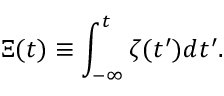
\Xi ( t ) \equiv \int _ { - \infty } ^ { t } \zeta ( t ^ { \prime } ) d t ^ { \prime } .